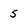
Character: 5